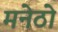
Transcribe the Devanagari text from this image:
मनेठो